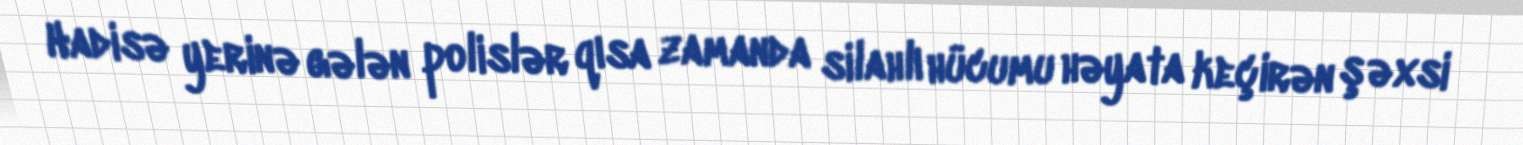
Hadisə yerinə gələn polislər qısa zamanda silahlı hücumu həyata keçirən şəxsi